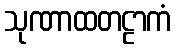
သုဏာထတဠာကံ